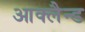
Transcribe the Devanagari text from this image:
आक्लैन्ड